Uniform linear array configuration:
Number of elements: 32
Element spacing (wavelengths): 0.5
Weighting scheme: hamming
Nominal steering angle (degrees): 0
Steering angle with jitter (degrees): -0.3832
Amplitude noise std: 0.05
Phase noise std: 0.05

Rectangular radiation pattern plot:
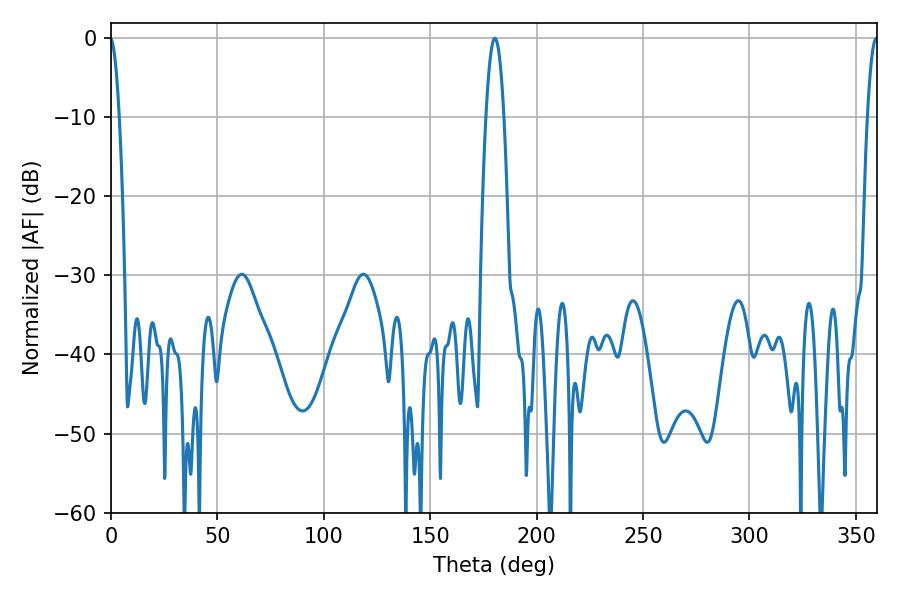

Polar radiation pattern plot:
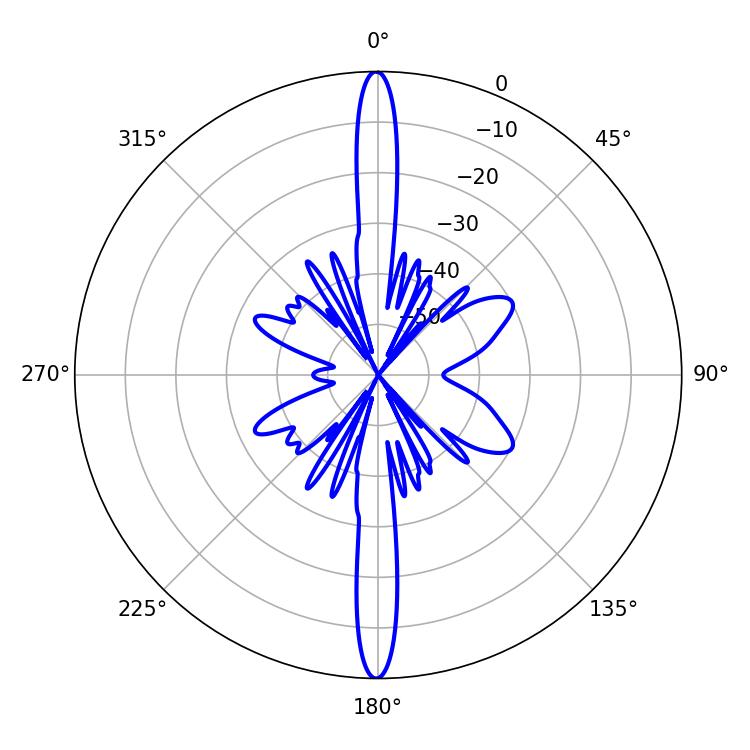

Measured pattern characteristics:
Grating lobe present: FALSE
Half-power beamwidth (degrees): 4.68
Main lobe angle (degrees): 180.36